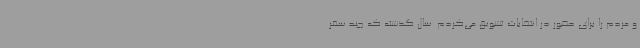
و مردم را برای حضور در انتخابات تشویق می‌کردم. سال گذشته که چند سفر